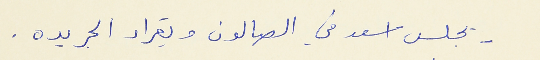
- يجلس اسعد في الصالون ويقراء الجريده .